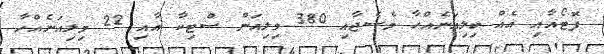
ފޮޓޯއާއި އެއް ބިލިއަނެއްހާ މެސެޖާއި 380 މިލިއަން ސްޓިކާ އާއި 22 މިލިއަނެއްހާ